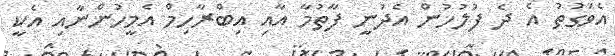
އެވަގުތު އެ ދެ ފުލުހުން އެދުނީ ފާތުމާ އާއި އިބްރާހިމް އެމީހުންނާއި އެކީ